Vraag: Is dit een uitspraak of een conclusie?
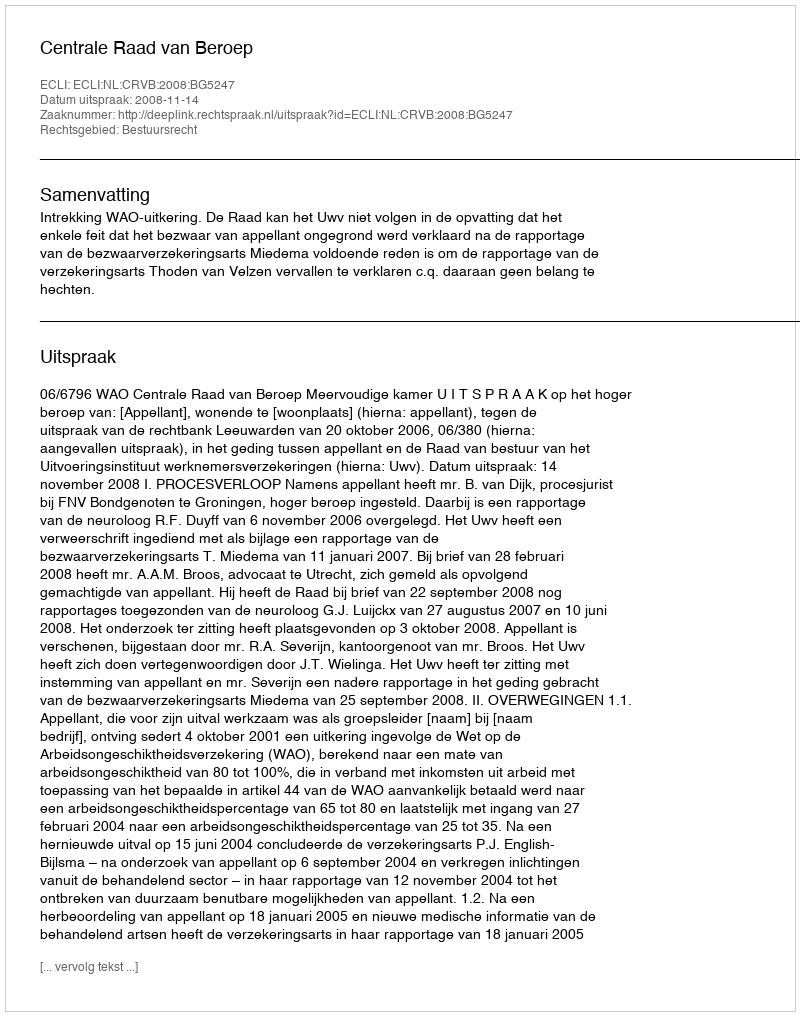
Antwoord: Uitspraak